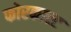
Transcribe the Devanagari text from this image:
फोरकास्ट